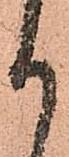
御